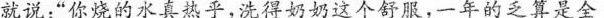
就说:“你烧的水真热乎，洗得奶奶这个舒服，一年的之具是全